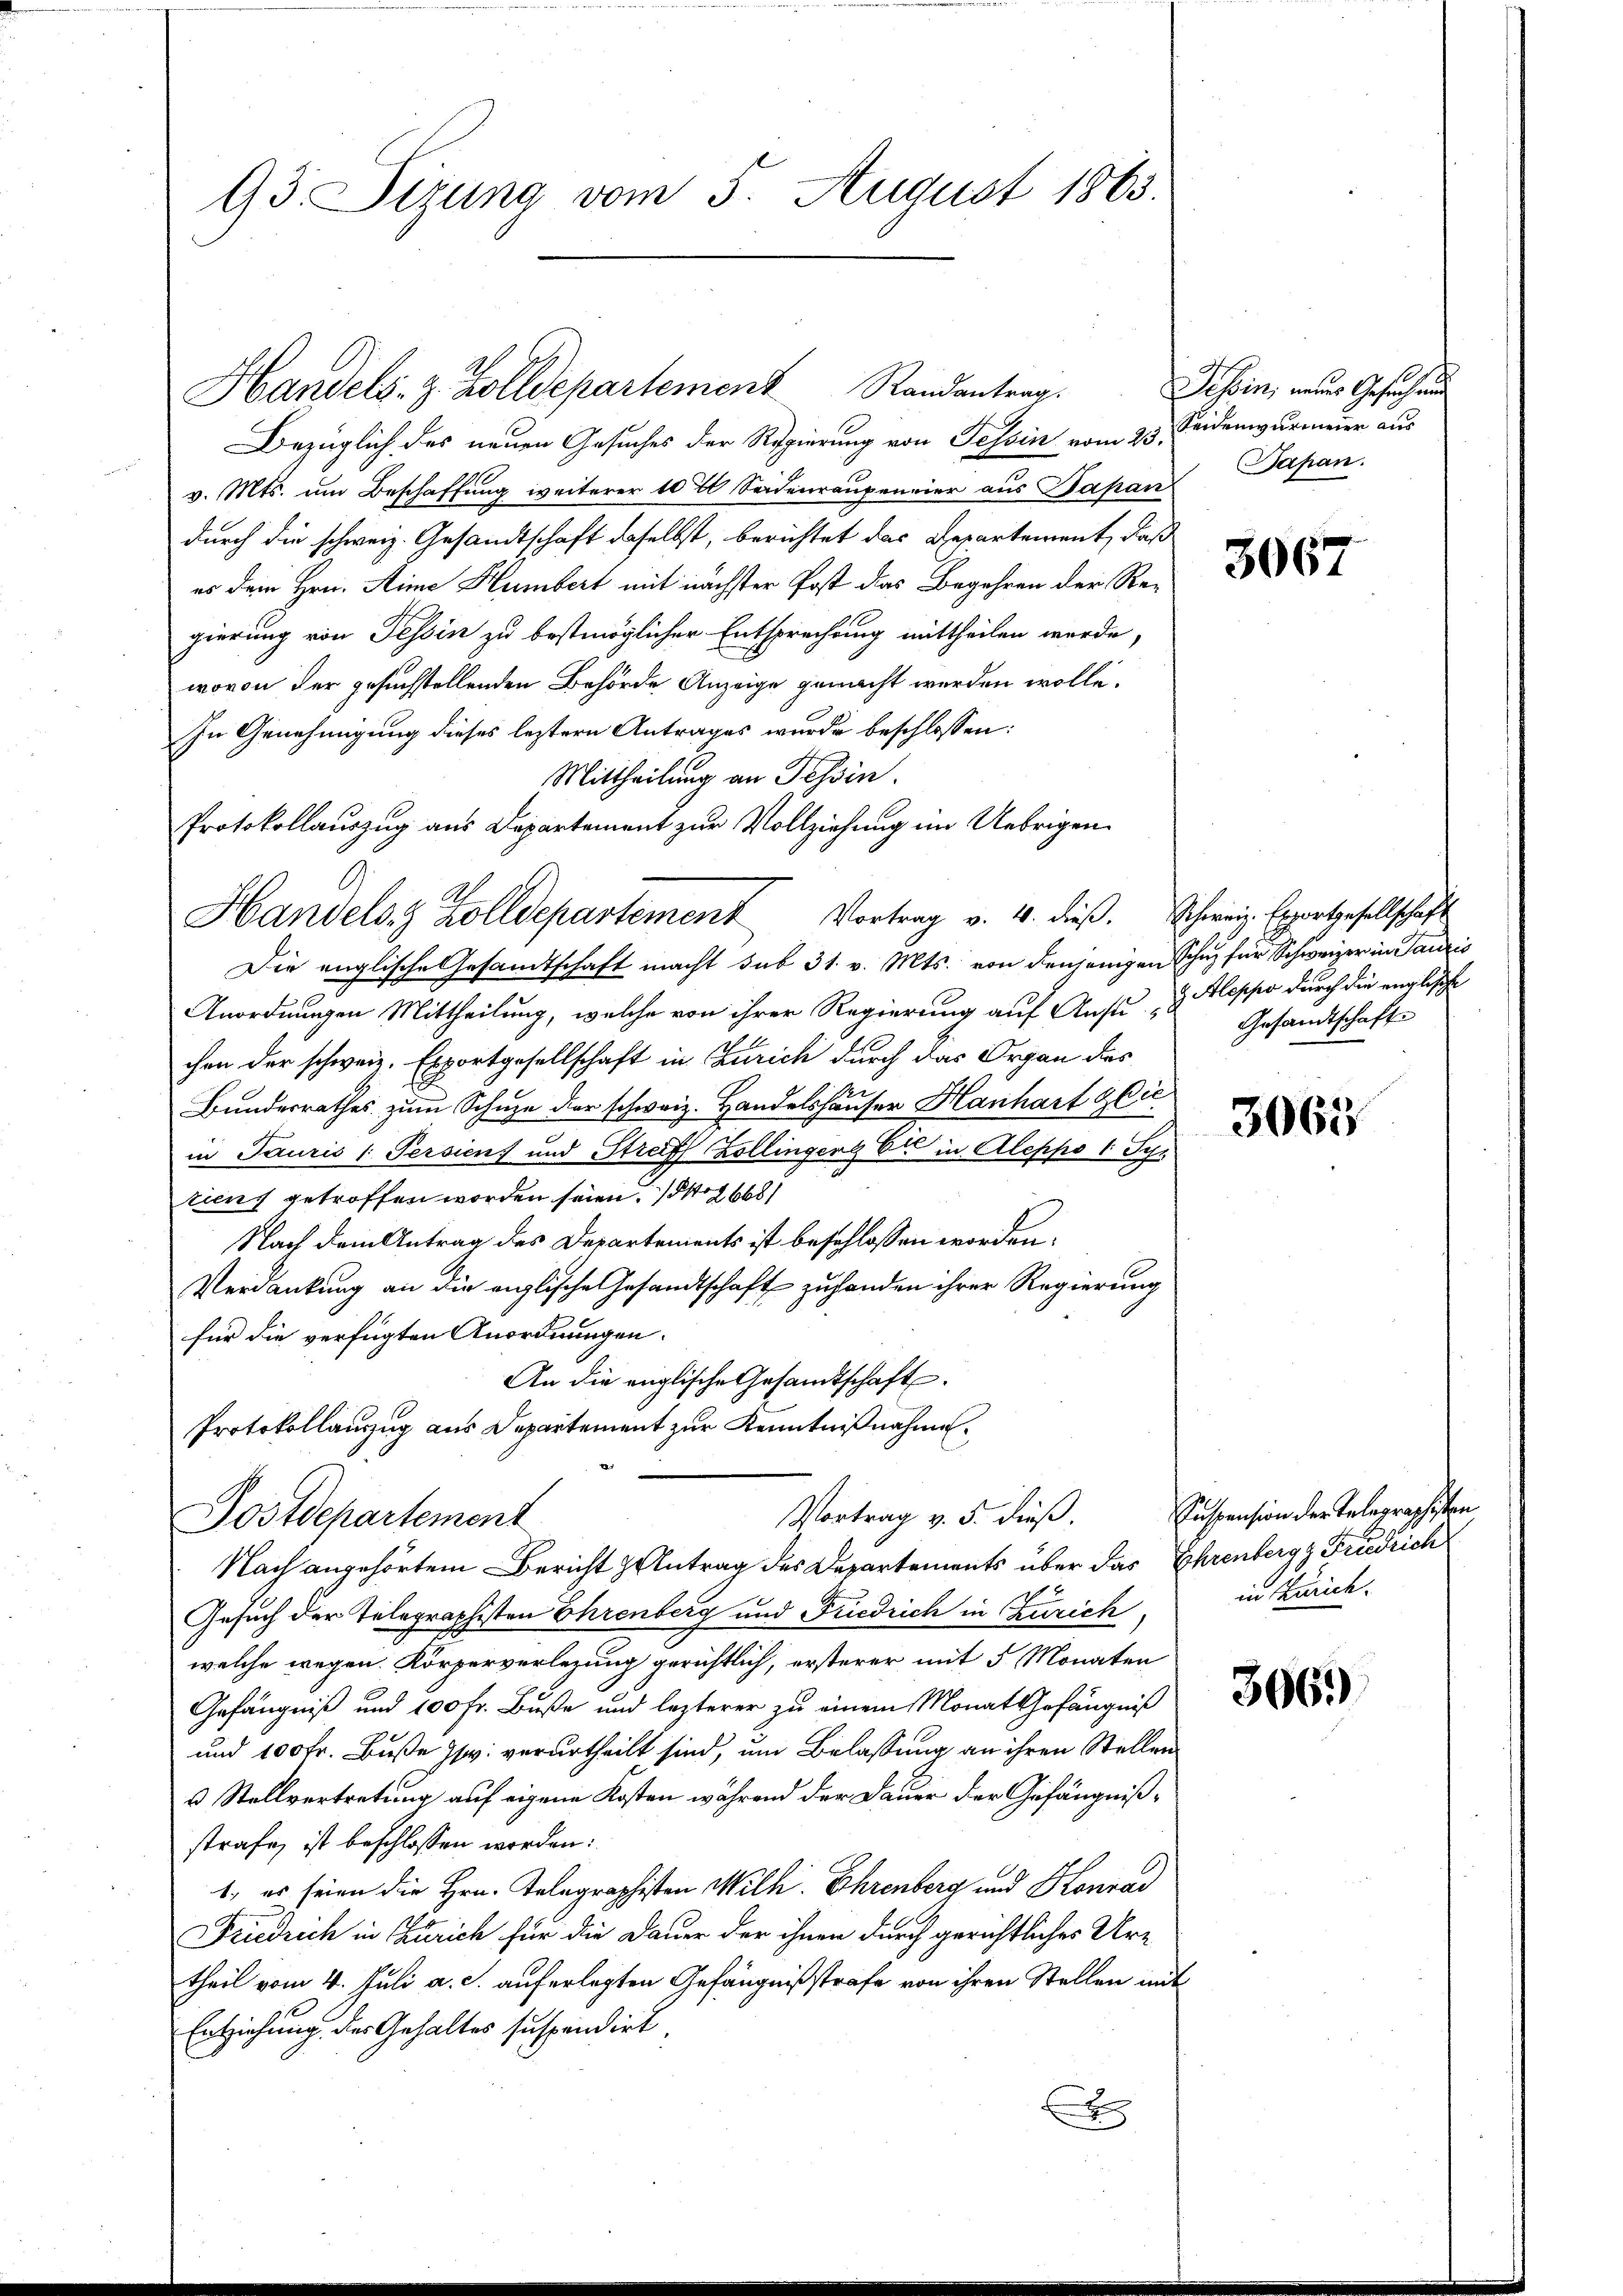
93. Sizung vom 5. August 1863.

Protokollauszug aus Departement zur Vollziehung im Uebrigen
Handels Zolldepartement Vortrag v. 4. dieβ. Schweiz. Exportgesellschaft

Bezüglich des neuen Gesuches der Regierung von Tessin vom 23. Seidenwurmeier aus
v. Mts. um Beschaffung weiterer 100 Seidenraupeneier aus Papan
durch die schweiz. Gesandtschaft daselbst, berichtet das Repartement, daß
es dem Hrn. Sime Humbert mit nächster Post das Begehren der Regierung von Tessin zu bestmöglicher Entsprechung mittheilen werde,
wovon der gesuchstellenden Behörde Anzeige gemacht werden wolle.
In Genehmigung dieses leztern Antrages wurde beschlossen:
Mittheilung an Tessin.
Die englische Gesandtschaft macht sub 31. v. Mts. von denjenigen Schuz für Schweizer in Tauris
Anordnungen Mittheilung, welche von ihrer Regierung auf Aust- & Aloppo durch die englische
chen der schweiz. Exportgesellschaft in Zürich durch das Organ des
Bundesrathes zum Schule der schweiz. Handelshäuser Hanhart die
in Tauris 1 Persien und Streiff Zollingers Er in Aleppo 1. Ser
tius getroffen worden seien. 12668)
Nach dem Antrag des Departements ist beschlossen worden.
Verdankung an die englische Gesandtschaft zu handen ihrer Regierung
für die verfügten Anordnungen.
An die englische Gesamtschaft.
Protokollauszug aus Departement zur Kenntnißnahme.

Handels. z. Zolldepartement Randantrag.

Vortrag v. 5. dieß.
Postdepartement
Nach angehörtem Bericht Antrag des Departements über das Ehrenberg g Friedrich

Tessin, neues Gesuchung
Bapan.

Gesuch der Telegraphisten Ehrenberg und Friedrich in Zürich,
welche wegen. Körperverlegung gerichtlich, ersterer mit 5 Monaten
Gefängniß und 100 fr. Buße und lezterer zu einem Monat Gefängniß
und 100 Fr. Buße sr. verurtheilt sind, um Belassung an ihren Stellen
u Stellvertretung auf eigene Kosten während der Dauer der Gefängnißstrafe ist beschlossen worden:
1, es seien die Hrn. Telegraphisten Wilh. Ehrenberg und Konrad
Friedrich in Zürich für die Dauer der ihnen durch gerichtliches Ur-
theil vom 4. Juli a. c. auferlegten Gefängnißstrafe von ihren Stellen mit
Entziehung des Gehaltes suspendirt.
x

3067

Gesandtschaft

3063

Suspension der Telegraphisten
in Zürich.

306)